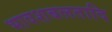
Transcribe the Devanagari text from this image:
भावशबलतादि